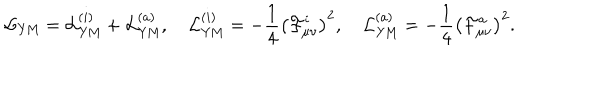
LaTeX: { \cal L } _ { \mathrm { Y M } } = { \cal L } _ { \mathrm { Y M } } ^ { ( i ) } + { \cal L } _ { \mathrm { Y M } } ^ { ( a ) } , \quad { \cal L } _ { \mathrm { Y M } } ^ { ( i ) } = - \frac 1 4 \left( { \cal F } _ { \mu \nu } ^ { i } \right) ^ { 2 } , \quad { \cal L } _ { \mathrm { Y M } } ^ { ( a ) } = - \frac 1 4 \left( { \cal F } _ { \mu \nu } ^ { a } \right) ^ { 2 } .